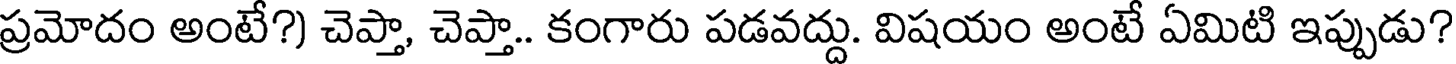
ప్రమోదం అంటే?) చెప్తా, చెప్తా.. కంగారు పడవద్దు. విషయం అంటే ఏమిటి ఇప్పుడు?